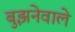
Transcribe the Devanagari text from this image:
बुझनेवाले